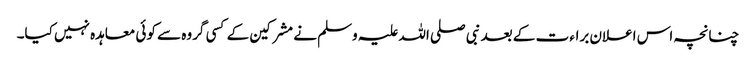
چنانچہ اس اعلان براء ت کے بعد نبی صلی اللہ علیہ وسلم نے مشرکین کے کسی گروہ سے کوئی معاہدہ نہیں کیا۔